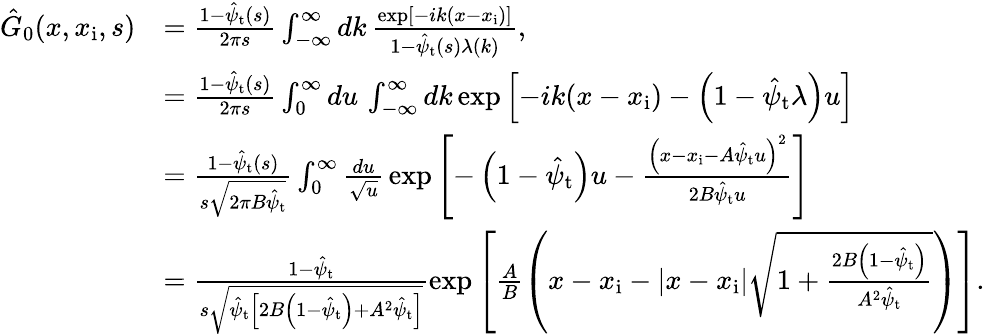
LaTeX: \begin{array}{rl}{\hat{G}_{0}(x,x_{\mathrm{i}},s)}&{=\frac{1-\hat{\psi}_{\mathrm{t}}(s)}{2\pi s}\int_{-\infty}^{\infty}dk\, \frac{\exp[-ik(x-x_{\mathrm{i}})]}{1-\hat{\psi}_{\mathrm{t}}(s)\lambda(k)},}\\ &{=\frac{1-\hat{\psi}_{\mathrm{t}}(s)}{2\pi s}\int_{0}^{\infty}du\, \int_{-\infty}^{\infty}dk\exp\left[-ik(x-x_{\mathrm{i}})-\left(1-\hat{\psi}_{\mathrm{t}}\lambda\right)u\right]}\\ &{=\frac{1-\hat{\psi}_{\mathrm{t}}(s)}{s\sqrt{2\pi B\hat{\psi}_{\mathrm{t}}}}\int_{0}^{\infty}\frac{du}{\sqrt{u}}\, \exp\left[-\left(1-\hat{\psi}_{\mathrm{t}}\right)u-\frac{\left(x-x_{\mathrm{i}}-A\hat{\psi}_{\mathrm{t}}u\right)^{2}}{2B\hat{\psi}_{\mathrm{t}}u}\right]}\\ &{=\frac{1-\hat{\psi}_{\mathrm{t}}}{s\sqrt{\hat{\psi}_{\mathrm{t}}\left[2B\left(1-\hat{\psi}_{\mathrm{t}}\right)+A^{2}\hat{\psi}_{\mathrm{t}}\right]}}\exp\left[\frac{A}{B}\left(x-x_{\mathrm{i}}-|x-x_{\mathrm{i}}|\sqrt{1+\frac{2B\left(1-\hat{\psi}_{\mathrm{t}}\right)}{A^{2}\hat{\psi}_{\mathrm{t}}}}\right)\right].}\end{array}